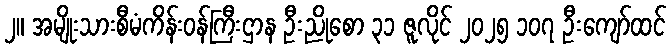
၂။ အမျိုးသားစီမံကိန်းဝန်ကြီးဌာန ဦးညိုစော ၃၁ ဇူလိုင် ၂၀၂၅ ၁၀၇ ဦးကျော်ထင်